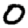
Digit: 0